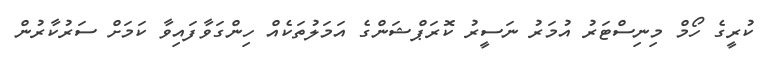
ކުރީގެ ހޯމް މިނިސްޓަރު އުމަރު ނަސީރު ކޮރަޕްޝަންގެ އަމަލުތަކެއް ހިންގަވާފައިވާ ކަމަށް ސަރުކާރުން